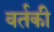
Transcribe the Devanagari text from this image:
वर्तकी